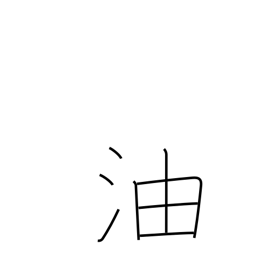
Meaning: oil